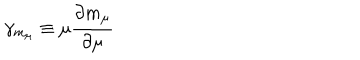
\gamma _ { m _ { \mu } } \equiv \mu \frac { \partial m _ { \mu } } { \partial \mu }